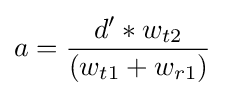
a={\frac {d'*w_{t2}}{\left(w_{t1}+w_{r1}\right)}}